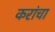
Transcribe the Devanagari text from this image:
करांचा